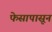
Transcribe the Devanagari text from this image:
फेसापासून